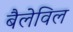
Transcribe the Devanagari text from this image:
बैलेविल